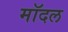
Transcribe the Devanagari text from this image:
मॉदल